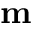
\textbf { m }